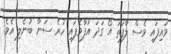
ވައިފައި ވެސް ލާފަތަ އޯ ގަދަ އުފާވެފައި ހުރެ ސަނާ ބުނެލި އެވެ.